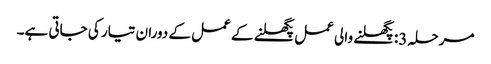
مرحلہ 3: پگھلنے والی عمل پگھلنے کے عمل کے دوران تیار کی جاتی ہے۔